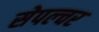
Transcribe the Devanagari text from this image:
सेपल्चर